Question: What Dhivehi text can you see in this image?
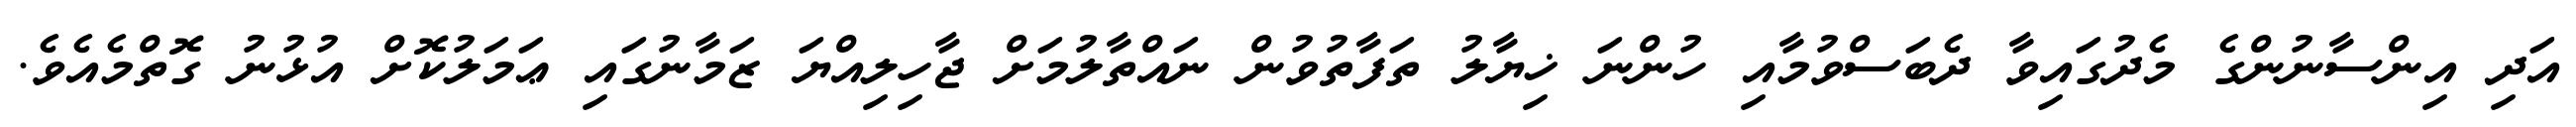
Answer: އަދި އިންސާނުންގެ މެދުގައިވާ ދެބަސްވުމާއި ހުންނަ ޚިޔާލު ތަފާތުވުން ނައްތާލުމަށް ޖާހިލިއްޔަ ޒަމާނުގައި ޢަމަލުކޮށް އުޅުނު ގޮތްމެއެވެ.